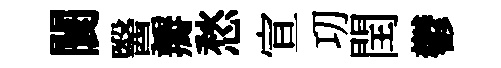
闤醫瓣愁宣㓛閏鬱